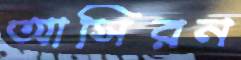
আসিরন